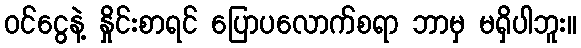
ဝင်ငွေနဲ့ နှိုင်းစာရင် ပြောပလောက်စရာ ဘာမှ မရှိပါဘူး။